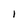
Character: 1